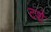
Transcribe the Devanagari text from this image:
टशे